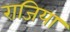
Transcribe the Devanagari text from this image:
राजिया